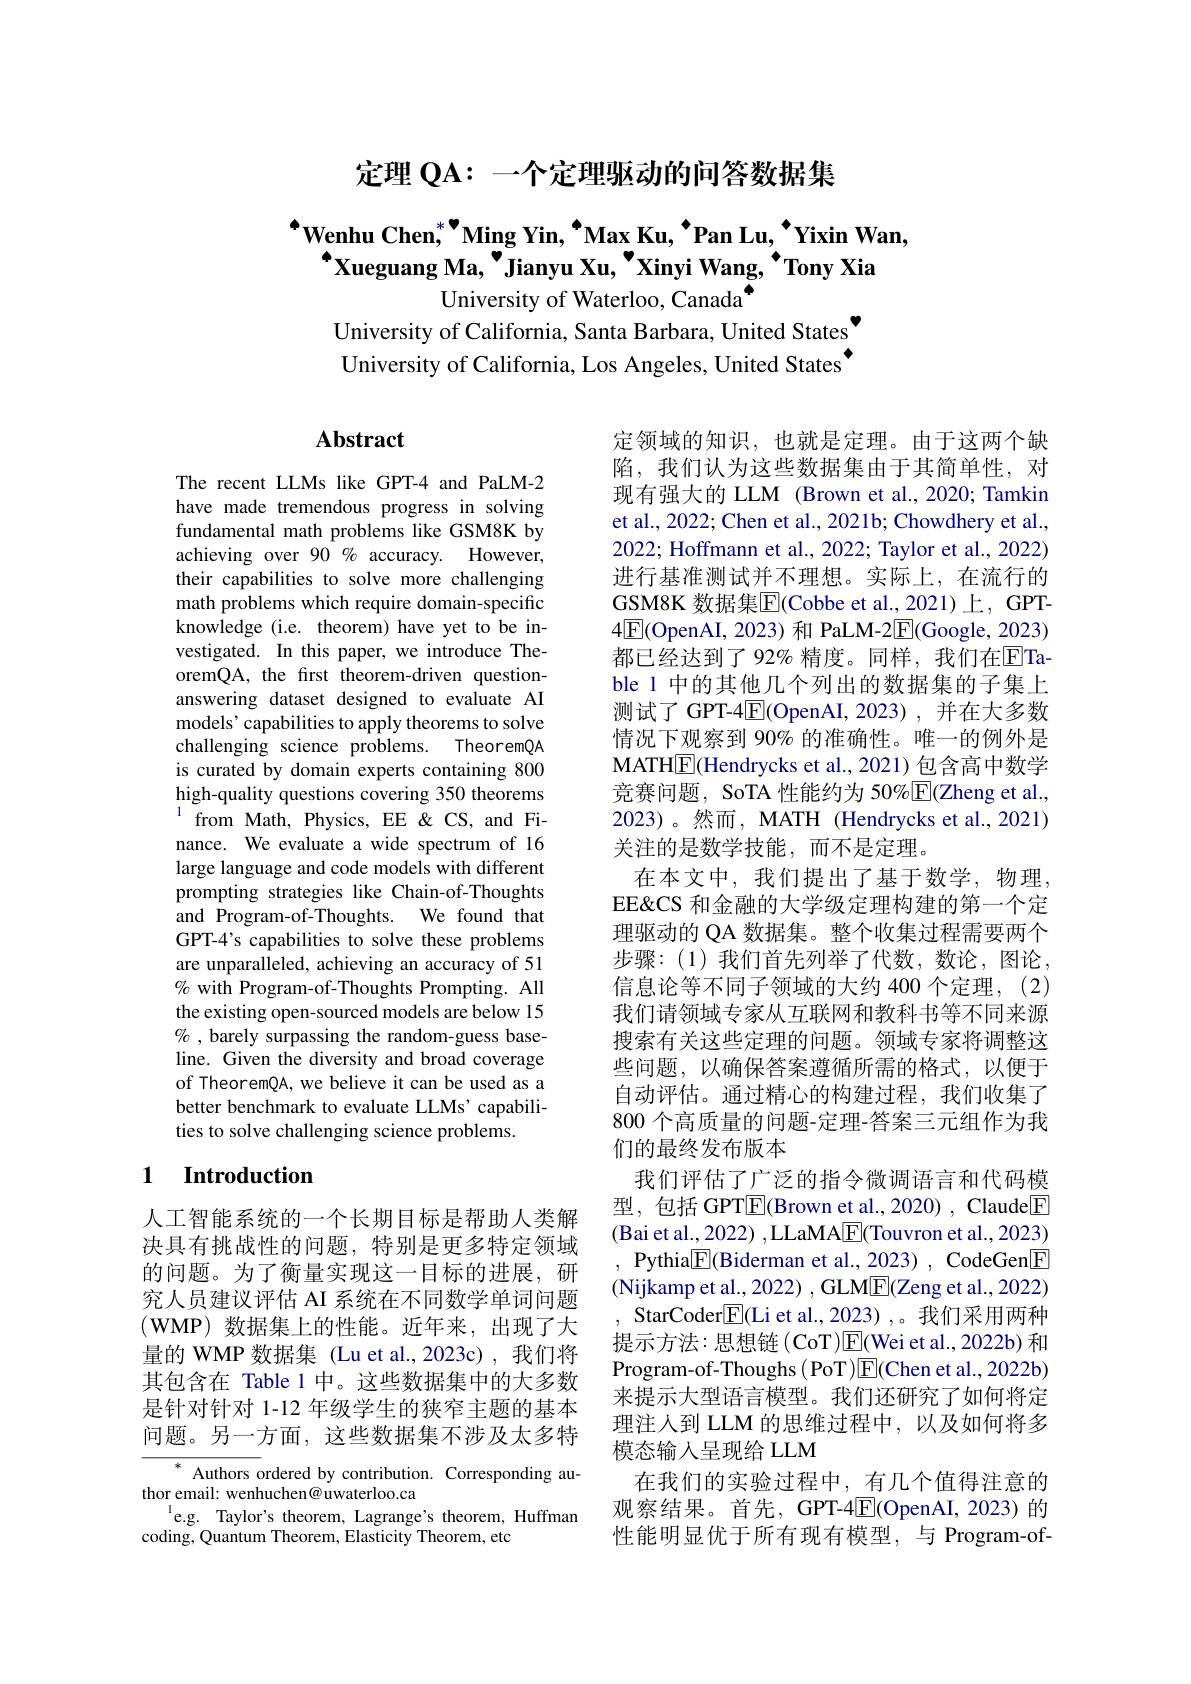
定理$\mathbf{QA:}$一个定理驱动的问答数据集

$^{\bullet}\textbf{Wenhu Chen,}^{*}^{\bullet}$Ming Yin, $^{\bullet}$Max Ku, $^{\bullet}$Pan Lu, $^{\bullet}$Yixin Wan,
$^{\bullet}$Xueguang Ma, "Jianyu Xu, “Xinyi Wang, ”Tony Xia
University of Waterloo, Canada$^{\bullet}$
University of California, Santa Barbara, United States"

University of California, Los Angeles, United States'

## $\mathbf{Abstract}$

The recent LLMs like GPT-4 and PaLM-2 have made tremendous progress in solving fundamental math problems like GSM8K by achieving over $90\%$ accuracy. However, their capabilities to solve more challenging math problems which require domain-specific knowledge (i.e. theorem) have yet to be investigated. In this paper, we introduce TheoremQA, the first theorem-driven questionanswering dataset designed to evaluate AI models' capabilities to apply theorems to solve challenging science problems. TheoremQA is curated by domain experts containing 800 high-quality questions covering 350 theorems $^{1}$from Math, Physics, EE <S, and Finance. We evaluate a wide spectrum of 16 large language and code models with different prompting strategies like Chain-of-Thoughts and Program-of-Thoughts. We found that GPT-4's capabilities to solve these problems are unparalleled, achieving an accuracy of 51 % with Program-of-Thoughts Prompting. All the existing open-sourced models are below 15 $\%$ , barely surpassing the random-guess baseline. Given the diversity and broad coverage of TheoremQA, we believe it can be used as a better benchmark to evaluate LLMs' capabilities to solve challenging science problems.

### 1 Introduction

人工智能系统的一个长期目标是帮助人类解决具有挑战性的问题，特别是更多特定领域的问题。为了衡量实现这一目标的进展，研究人员建议评估 AI 系统在不同数学单词问题$(\mathbf{WMP})$数据集上的性能。近年来，出现了大量的 WMP 数据集 (Lu et al.,2023c),我们将其包含在 Table 1 中。这些数据集中的大多数是针对针对 1-12 年级学生的狭窄主题的基本问题。另一方面，这些数据集不涉及太多特

$^*$ Authors ordered by contribution. Corresponding au-
thor email: wenhuchen@uwaterloo.ca
$^{\mathrm{l}}$e.g. Taylor's theorem, Lagrange's theorem, Huffman
coding, Quantum Theorem, Elasticity Theorem, etc

定领域的知识，也就是定理。由于这两个缺陷，我们认为这些数据集由于其简单性，对现有强大的 LLM (Brown et al.,2020; Tamkin et al., 2022; Chen et al., 2021b; Chowdhery et al., 2022; Hoffmann et al., 2022; Taylor et al., 2022) 进行基准测试并不理想。实际上，在流行的GSM8K 数据集$\overline{\mathrm{E}}($Cobbe et al.,2021)上，GPT- $4\boxed{\mathrm{E}}($OpenAI, 2023) 和 PaLM-2$\boxed{\mathrm{E}}($Google, 2023) 都已经达到了 92% 精度。同样，我们在$\overline{\mathrm{E}}$Table 1 中的其他几个列出的数据集的子集上测试了 GPT-4$\boxed{\mathrm{F}}($OpenAI,2023),并在大多数情况下观察到 90% 的准确性。唯一的例外是MATHE(Hendrycks et al., 2021) 包含高中数学竞赛问题，SoTA 性能约为 50%$\boxed{\mathrm{F}}($Zheng et al., 2023)。然而，MATH (Hendrycks et al.,2021) 关注的是数学技能，而不是定理。
在本文中，我们提出了基于数学，物理， EE&CS 和金融的大学级定理构建的第一个定理驱动的 QA 数据集。整个收集过程需要两个步骤：(1)我们首先列举了代数，数论，图论， 信息论等不同子领域的大约 400 个定理，(2) 我们请领域专家从互联网和教科书等不同来源搜索有关这些定理的问题。领域专家将调整这些问题，以确保答案遵循所需的格式，以便于自动评估。通过精心的构建过程，我们收集了800 个高质量的问题-定理-答案三元组作为我们的最终发布版本
我们评估了广泛的指令微调语言和代码模型，包括 GPT$\boxed{\mathrm{E}}$(Brown et al.,2020), Claude$\boxed{\mathrm{E}}$ (Bai et al., 2022) , LLaMA$\boxed{\mathrm{F}}($Touvron et al., 2023) , Pythia$\boxed{\mathrm{F}}($Biderman et al., 2023), CodeGen$\boxed{\mathrm{F}}$ (Nijkamp et al., 2022) , GLM$\underline{\mathbb{E}}$(Zeng et al., 2022)
StarCoder$\boxed{\mathrm{F}}($Li et al.,2023) ,。我们采用两种提示方法：思想链( CoT)$\overline{\mathrm{E}}$(Wei et al., 2022b) 和Program-of-Thoughs ( PoT)E(Chen et al., 2022b) 来提示大型语言模型。我们还研究了如何将定理注人到 LLM 的思维过程中，以及如何将多模态输人呈现给 LLM
在我们的实验过程中，有几个值得注意的观察结果。首先，GPT-4$\boxed{\mathrm{E}}($OpenAI,2023)的性能明显优于所有现有模型，与 Program-of-